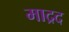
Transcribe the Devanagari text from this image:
माद्रद